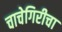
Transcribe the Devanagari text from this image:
चाचेगिरीचा